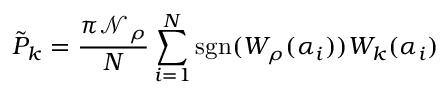
\tilde { P } _ { k } = \frac { \pi \mathcal { N } _ { \rho } } { N } \sum _ { i = 1 } ^ { N } \mathrm { s g n } ( W _ { \rho } ( \alpha _ { i } ) ) W _ { k } ( \alpha _ { i } )